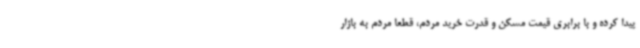
پیدا کرده و با برابری قیمت مسکن و قدرت خرید مردم، قطعا مردم به بازار